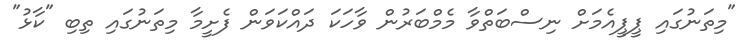
"މިތަނުގައި ޕީޕީއެމަށް ނިސްބަތްވާ މެމްބަރުން ވާހަކަ ދައްކަވަން ފެށީމާ މިތަނުގައި ތިބި "ކާޅު"